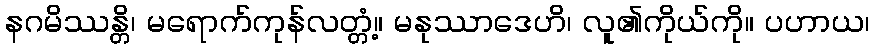
နဂမိဿန္တိ၊ မရောက်ကုန်လတ္တံ့။ မနုဿာဒေဟိ၊ လူ၏ကိုယ်ကို။ ပဟာယ၊